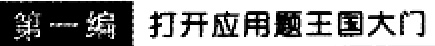
第一编 打开应用题王国大门